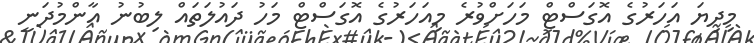
މިދިޔަ އަހަރުގެ އޮގަސްޓް މަހަށްވުރެ މިއަހަރުގެ އޮގަސްޓް މަހު ދައުލަތައް ލިބުނު އާންމުދަނީ